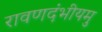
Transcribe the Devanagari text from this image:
रावणदंभीयमु